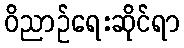
ဝိညာဉ်ရေးဆိုင်ရာ